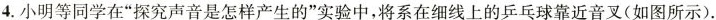
4.小明等同学在”探究声音是怎样产生的”实验中，将系在细线上的乒乓球靠近音叉(如图所示).